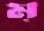
ম্